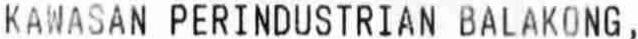
KAWASAN PERINDUSTRIAN BALAKONG,